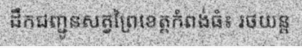
ដឹកជញ្ជូនសត្វព្រៃខេត្តកំពង់ធំ៖ រថយន្ត